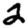
Digit: 2